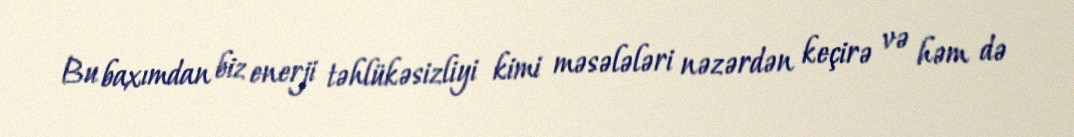
Bu baxımdan biz enerji təhlükəsizliyi kimi məsələləri nəzərdən keçirə və həm də